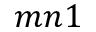
m n 1